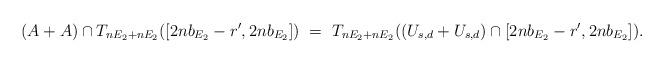
LaTeX: \begin{align*}(A+A) \cap T_{nE_2+nE_2}([2nb_{E_2}-r',2nb_{E_2}])\ =\ T_{nE_2+nE_2}((U_{s,d}+U_{s,d}) \cap [2nb_{E_2}-r',2nb_{E_2}]).\end{align*}